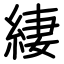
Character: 緀